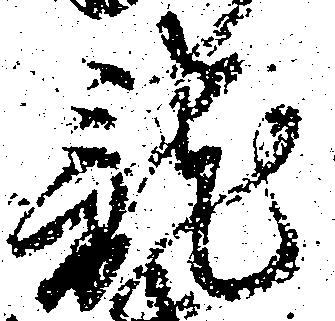
龍